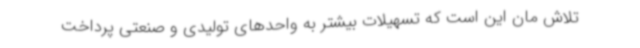
تلاش مان این است که تسهیلات بیشتر به واحدهای تولیدی و صنعتی پرداخت